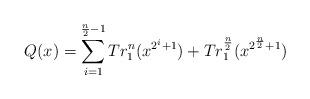
LaTeX: \begin{align*}Q(x) = \sum_{i = 1}^{{n \over 2} - 1}Tr_1^n(x^{2^i + 1}) + Tr_1^{n \over 2}(x^{2^{n \over 2} + 1})\end{align*}